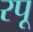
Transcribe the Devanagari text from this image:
रपू